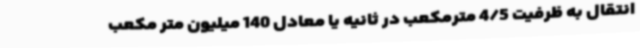
انتقال به ظرفیت 4/5 مترمکعب در ثانیه یا معادل 140 میلیون متر مکعب